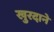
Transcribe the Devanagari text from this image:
खुरदाने